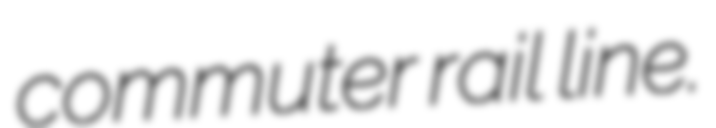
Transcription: commuter rail line.